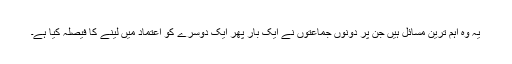
یہ وہ اہم ترین مسائل ہیں جن پر دونوں جماعتوں نے ایک بار پھر ایک دوسرے کو اعتماد میں لینے کا فیصلہ کیا ہے۔